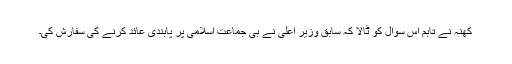
کھنہ نے تاہم اس سوال کو ٹالا کہ سابق وزیر اعلیٰ نے ہی جماعت اسلامی پر پابندی عائد کرنے کی سفارش کی۔